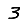
Digit: 3